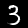
Digit: 3